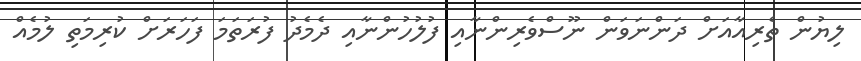
ލިޔުން ތެރިއާއަށް ދަންނަވަން ނޫސްވެރިންނާއި ފުލުހުންނާއި ދެމެދު ފުރަތަމަ ފަހަރަށް ކުރިމަތި ލުމެއް